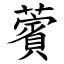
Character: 薲